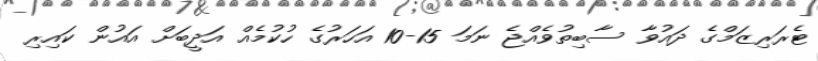
ޓެރަރިޒަމްގެ ދައުވާ ސާބިތުވެއްޖެ ނަމަ 15-10 އަހަރުގެ ހުކުމެއް އަދީބަށް އައުން ކައިރި